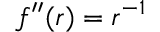
f ^ { \prime \prime } ( r ) = r ^ { - 1 }